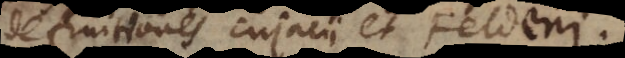
definitiones Cujacii et Feldeni.